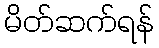
မိတ်ဆက်ရန်